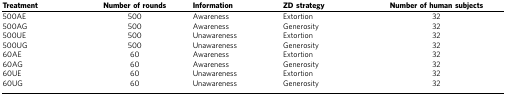
| Treatment | Number of rounds | Information | ZD strategy | Number of human subjects |
 | --- | --- | --- | --- | --- |
 | 500AE | 500 | Awareness | Extortion | 32 |
 | 500AG | 500 | Awareness | Generosity | 32 |
 | 500UE | 500 | Unawareness | Extortion | 32 |
 | 500UG | 500 | Unawareness | Generosity | 32 |
 | 60AE | 60 | Awareness | Extortion | 32 |
 | 60AG | 60 | Awareness | Generosity | 32 |
 | 60UE | 60 | Unawareness | Extortion | 32 |
 | 60UG | 60 | Unawareness | Generosity | 32 |